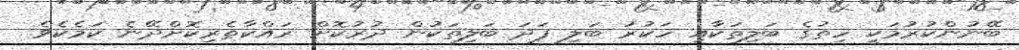
ބޭނުންކުރުމަކީ ހިތުގެ ބަލިތަކާއި ހަކުރު ބަލި ފަދަ ބަލިތަކުން ދުރުކޮށް ރައްކާތެރިކޮށްދޭނެ ކަމެކެވެ.